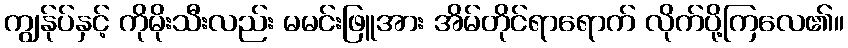
ကျွန်ုပ်နှင့် ကိုမိုးသီးလည်း မမင်းဖြူအား အိမ်တိုင်ရာရောက် လိုက်ပို့ကြလေ၏။